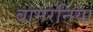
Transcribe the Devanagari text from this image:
बामरनिया